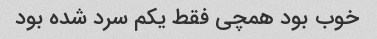
خوب بود همچی فقط یکم سرد شده بود